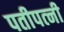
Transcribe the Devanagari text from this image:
पतीपत्‍नी